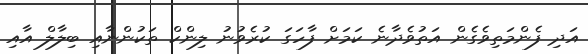
އަދި ފެންމަތިވެގެން އަތުވެދާނެ ކަމަށް ފާހަގަ ކުރެވުނު ލިންކް ތަކުންނާއި ބިލާލް އާއި